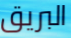
البريق